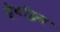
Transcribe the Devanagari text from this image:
ट्रेवॉइस